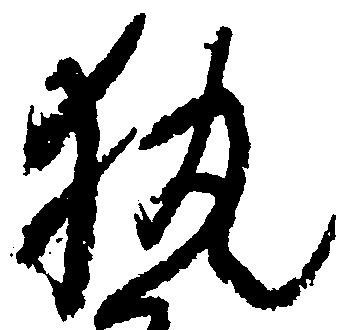
執